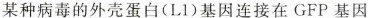
某种病毒的外壳蛋白(L1)基因连接在GFP基因